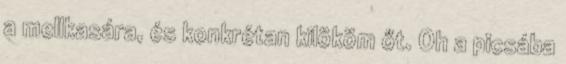
a mellkasára, és konkrétan kilököm őt. Oh a picsába